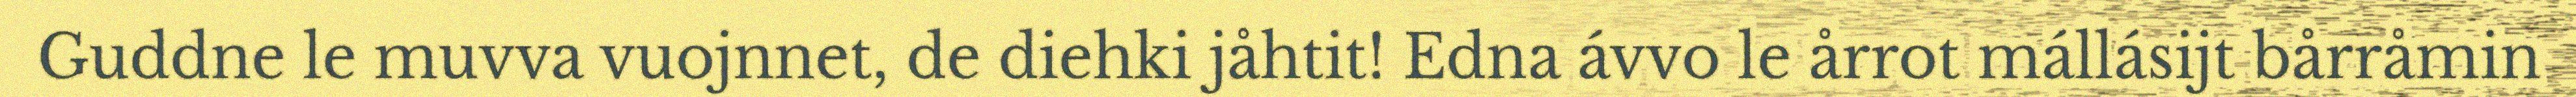
Guddne le muvva vuojnnet, de diehki jåhtit! Edna ávvo le årrot mállásijt bårråmin